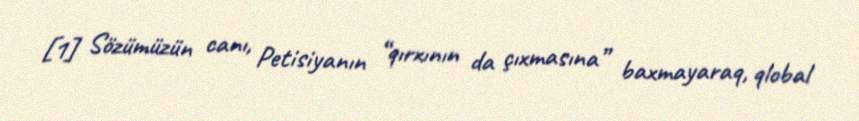
[1] Sözümüzün canı, Petisiyanın “qırxının da çıxmasına” baxmayaraq, qlobal